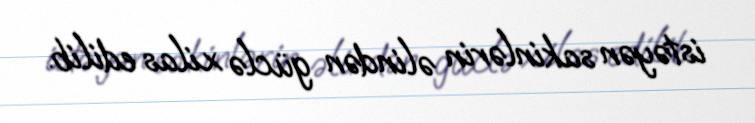
istəyən sakinlərin əlindən güclə xilas edilib.